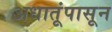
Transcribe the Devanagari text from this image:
अधातूंपासून